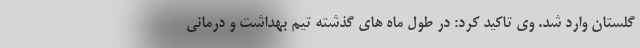
گلستان وارد شد. وی تاکید کرد: در طول ماه های گذشته تیم بهداشت و درمانی